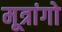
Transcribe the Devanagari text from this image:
मूत्रांगो